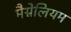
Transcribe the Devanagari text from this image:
मैग्नेलियम